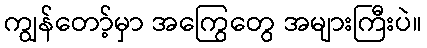
ကျွန်တော့်မှာ အကြွေတွေ အများကြီးပဲ။